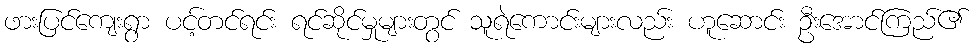
ဖားပြင်ကျေးရွာ ပင့်တင်ရင်း ရင်ဆိုင်မှုများတွင် သူရဲကောင်းများလည်း ဟူဆောင်း ဦးအောင်ကြည်၏